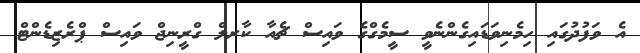
އެ ވަފުދުގައި ހިމެނިވަޑައިގެންނެވީ ސީމެގްގެ ވައިސް ޗެއާ ކާރލް ގްރީނިޖް ވައިސް ޕްރެޒިޑެންޓް